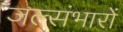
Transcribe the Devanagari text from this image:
जल्संभारों